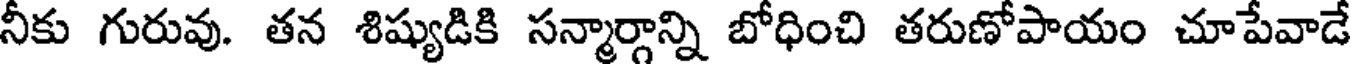
నీకు గురువు. తన శిష్యుడికి సన్మార్గాన్ని బోధించి తరుణోపాయం చూపేవాడే